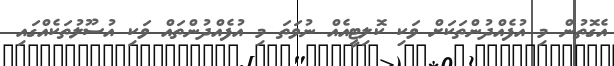
އެގޮތުން މި އުފެއްދުންތަކަށް ވަކި ކޮލިޓީއެއް ނުވަތަ މި އުފެއްދުންތައް ވަކި އުސޫލުތަކެއްގައި